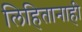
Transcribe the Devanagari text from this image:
लिहितानाही